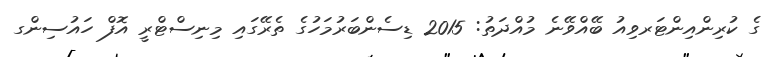
ގެ ކުރިންއިންޓަރވިއު ބޭއްވޭނެ މުއްދަތު: 2015 ޑިސެންބަރުމަހުގެ ތެރޭގައި މިނިސްޓްރީ އޮފް ހައުސިންގ